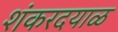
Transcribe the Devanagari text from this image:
शंकरदयाळ